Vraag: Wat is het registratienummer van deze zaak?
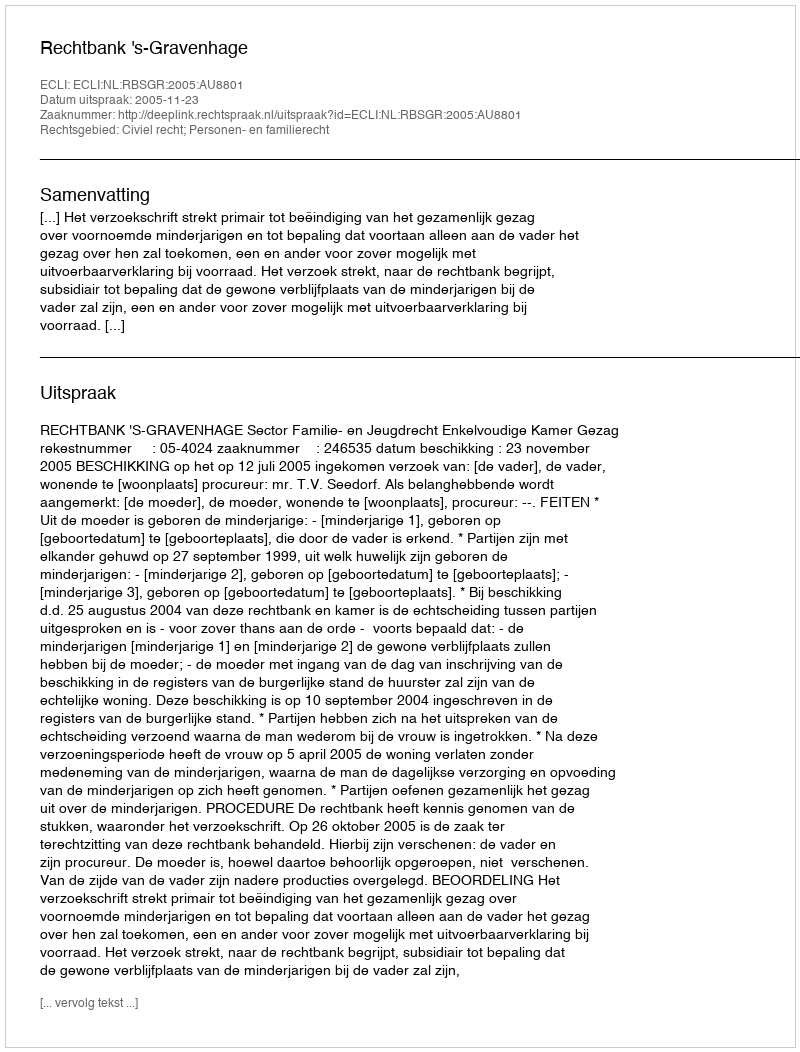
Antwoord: http://deeplink.rechtspraak.nl/uitspraak?id=ECLI:NL:RBSGR:2005:AU8801